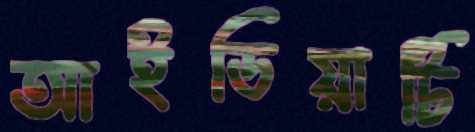
আইডিয়াটি